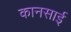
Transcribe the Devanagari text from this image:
कानसाई